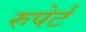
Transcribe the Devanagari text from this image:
रुपेर्ट